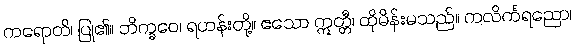
ကရောတိ၊ ပြု၏။ ဘိက္ခဝေ၊ ရဟန်းတို့။ ဧသော ဣတ္တီ၊ ထိုမိန်းမသည်။ ကလိင်္ကရညော၊